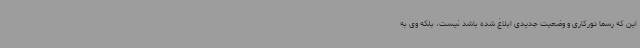
این که رسما دورکاری و وضعیت جدیدی ابلاغ شده باشد نیست، بلکه وی به